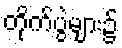
တိုက်ပွဲများ၌